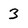
Character: 3